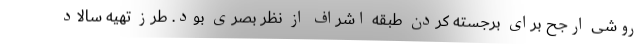
روشی ارجح برای برجسته کردن طبقه اشراف از نظر بصری بود. طرز تهیه سالاد